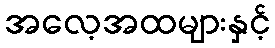
အလေ့အထများနှင့်